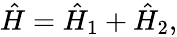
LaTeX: \begin{array}{r}{\hat{H}=\hat{H}_{1}+\hat{H}_{2},}\end{array}